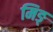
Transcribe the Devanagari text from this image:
मिङ्